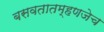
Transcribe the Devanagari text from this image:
बसवतातम्हणजेच